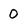
Character: 0